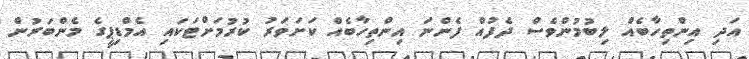
އަދި އިންތިހާބެއް ލިބުމުންވެސް ދެފުއް ފެންނަ އިންތިހާބެއް ކަށަވަރު ކުރުމަށްޓަކައި އެމްޑިޕީގެ މެންބަރުން